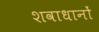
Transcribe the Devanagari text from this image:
शवाधानों